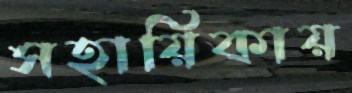
সহায়িকায়